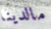
مالدينا